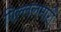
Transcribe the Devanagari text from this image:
पिल्‍ललमार्री